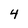
Character: 4